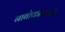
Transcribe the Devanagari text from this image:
नाबोकोव्ह्ची